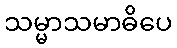
သမ္မာသမာဓိပေ